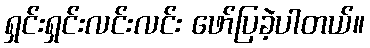
ရှင်းရှင်းလင်းလင်း ဖော်ပြခဲ့ပါတယ်။